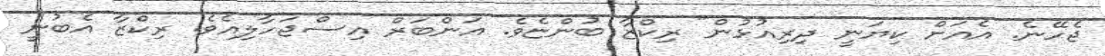
ޖެހޭނެ. އެއަށް ކިޔަނީ ދިރިއުޅުން" ރިކްޒާ ބުންޏެވެ. އަންބަރް އިސްޖަހާލިއެވެ. ރިކްޒާ އެބުނީ